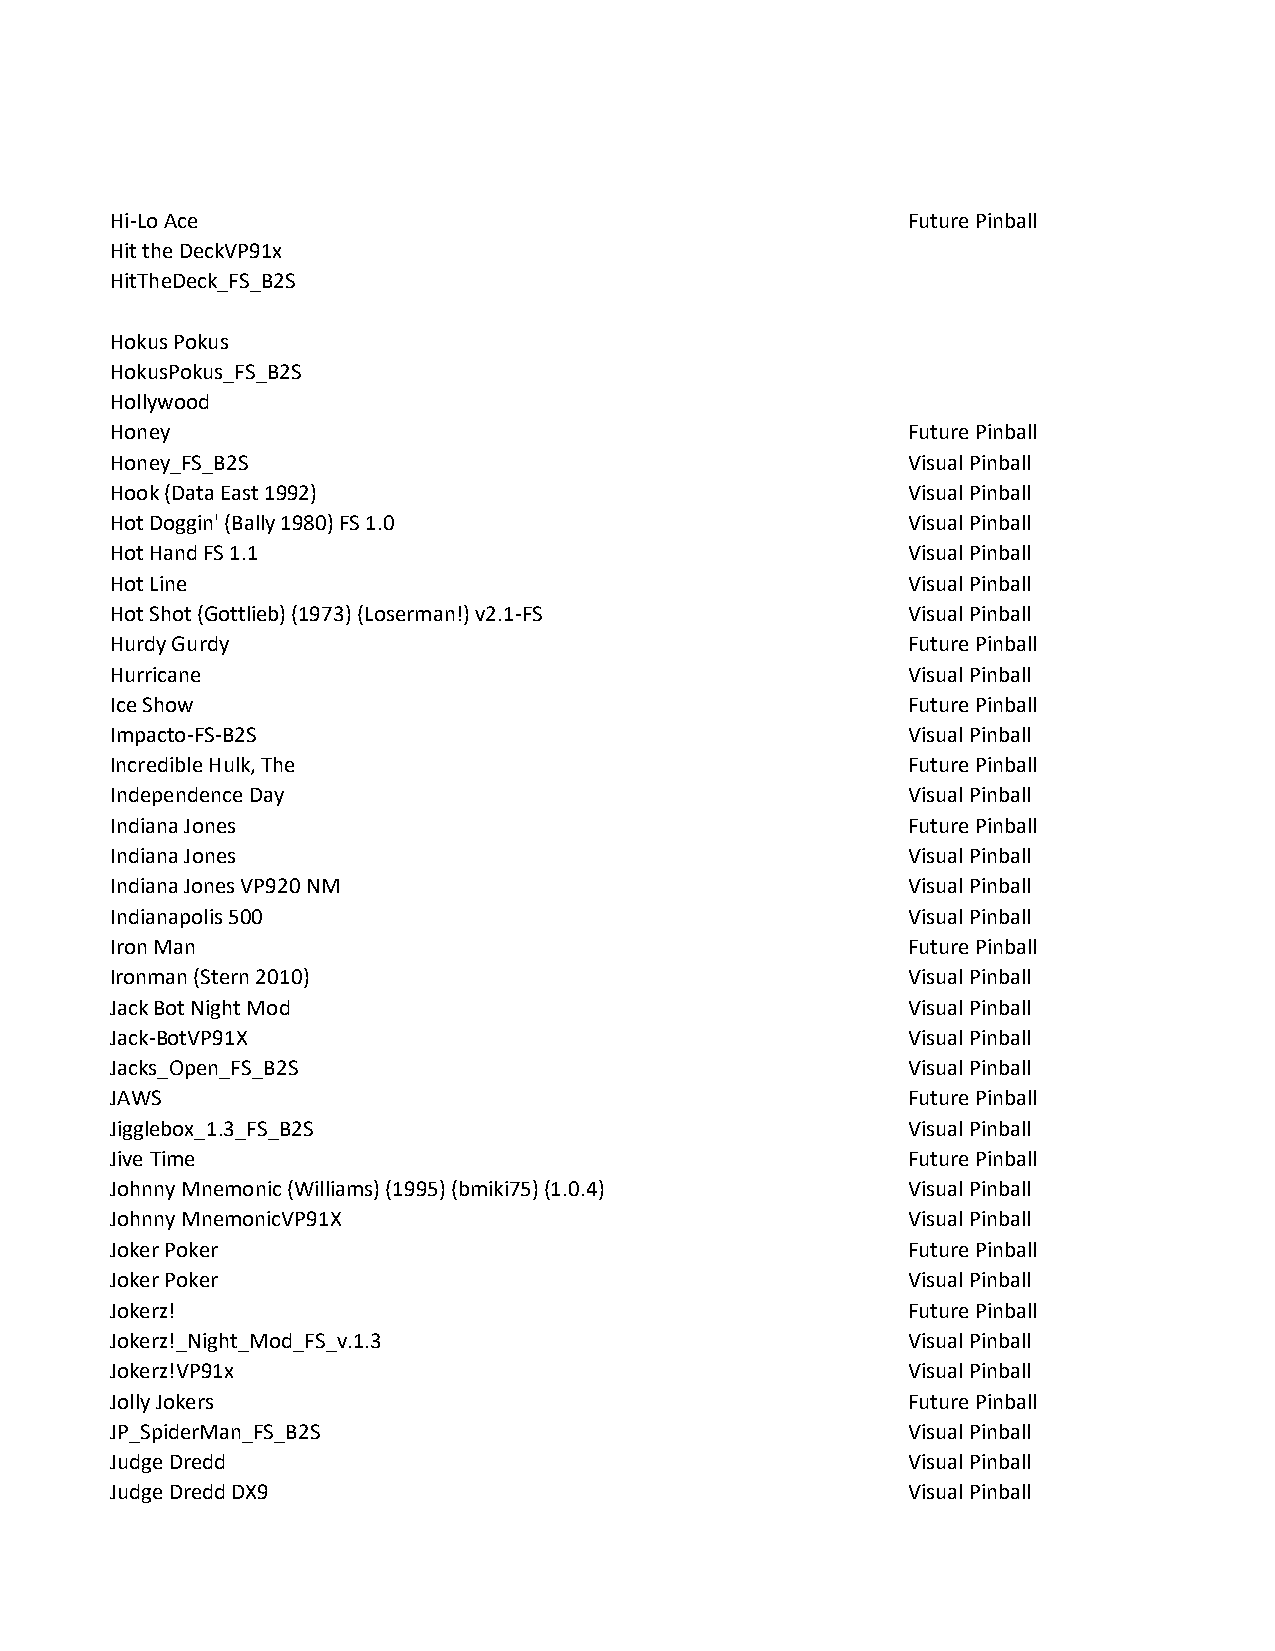
Hi-Lo Ace                                            Future Pinball
 Hit the DeckVP91x
 HitTheDeck_FS_B2S
 Hokus Pokus
 HokusPokus_FS_B2S
 Hollywood
 Honey                                                Future Pinball
 Honey_FS_B2S                                         Visual Pinball
 Hook (Data East 1992)                                Visual Pinball
 Hot Doggin' (Bally 1980) FS 1.0                      Visual Pinball
 Hot Hand FS 1.1                                      Visual Pinball
 Hot Line                                             Visual Pinball
 Hot Shot (Gottlieb) (1973) (Loserman!) v2.1-FS       Visual Pinball
 Hurdy Gurdy                                          Future Pinball
 Hurricane                                            Visual Pinball
 Ice Show                                             Future Pinball
 Impacto-FS-B2S                                       Visual Pinball
 Incredible Hulk, The                                 Future Pinball
 Independence Day                                     Visual Pinball
 Indiana Jones                                        Future Pinball
 Indiana Jones                                        Visual Pinball
 Indiana Jones VP920 NM                               Visual Pinball
 Indianapolis 500                                     Visual Pinball
 Iron Man                                             Future Pinball
 Ironman (Stern 2010)                                 Visual Pinball
 Jack Bot Night Mod                                   Visual Pinball
 Jack-BotVP91X                                        Visual Pinball
 Jacks_Open_FS_B2S                                    Visual Pinball
 JAWS                                                 Future Pinball
 Jigglebox_1.3_FS_B2S                                 Visual Pinball
 Jive Time                                            Future Pinball
 Johnny Mnemonic (Williams) (1995) (bmiki75) (1.0.4)  Visual Pinball
 Johnny MnemonicVP91X                                 Visual Pinball
 Joker Poker                                          Future Pinball
 Joker Poker                                          Visual Pinball
 Jokerz!                                              Future Pinball
 Jokerz!_Night_Mod_FS_v.1.3                           Visual Pinball
 Jokerz!VP91x                                         Visual Pinball
 Jolly Jokers                                         Future Pinball
 JP_SpiderMan_FS_B2S                                  Visual Pinball
 Judge Dredd                                          Visual Pinball
 Judge Dredd DX9                                      Visual Pinball